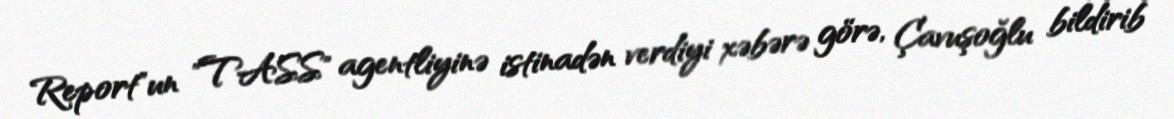
Report"un "TASS" agentliyinə istinadən verdiyi xəbərə görə, Çavuşoğlu bildirib